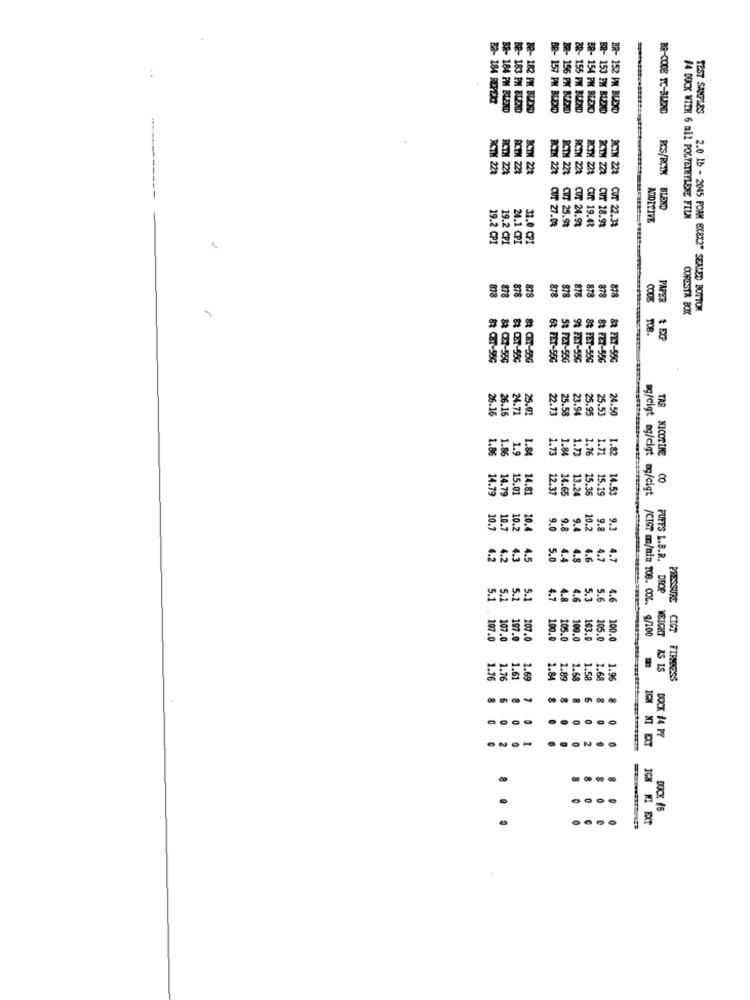
:
BE- 183
8-182 P
2- 184 ROPERT
PM BLEND
BR- 157 PM BURD
88- 155 PM BLOND
BR- 154 PM BLEKO
BB- 153 PM BLEND
- 152 PM BLEND
BR-CODE TC-BLEND
TEST SAMPLES
RCTH
221
TH 221
BCTX 228
RCIH 22%
RCTH 22%
RCTM 228
BOTH 221
ACIN 221
PCS/RCIN
BLEND
19.
19.
24.1
ADDITIVE
#4 DOCK WITH 6 mil POLYETHYLENE FILM
31.0
CUT 27.04
CU7 25.98
CUT 24.93
CUIT 19.48
CUT 18.92
CUT 22.31
878
818
878
878
878
878
878
878
878
PAPER
OORESTA BOX
2.0 1b - 2045 FOAM 8X8X2" SEALED BOTTOM
TOB.
CODE TOB.
PAPER & EO
88 FE7-55
88 CB7-556
& CET-58C
8 CEST-550
62 FET-55G
5% FET-55G
9% FET-55G
88 FET-55G
24.71
25.02
22.73
25.58
25.9
25.53
24.50
26.16
26.15
23.94
1.9
1.84
1.73
1.76
1.82
1.86
1.86
1.84
1.73
1.71
TAR NICOTINE
8
14.79
15.01
4.81
12.37
14.65
13.24
15.36
14.53
æg/cigt mg/cigt mg/cigt
14.79
15.19
9.1
10.7
10.7
10.2
10.4
9.0
9.8
9.4
10.2
9.8
4.3
4.5
5.0
4.4
4.8
4.6
4.7
4.7
PUFFS L.B.R. DROP
5.2
5.1
4.7
4.8
4.6
5.3
5.6
4.6
/CIGT m/min TOB. COL.
PRESSURE
MEICHIT
CIGT
107.0
107.0
107.0
207.0
100.0
163.0
105.0
100.0
9/100
127
AS IS
1.76
1.76
1.61
1.69
1.84
1.89
1.68
1.58
1.68
1.96
FIRMAOSS
0
DOCK #4 PE
0
DUCK #6
...